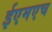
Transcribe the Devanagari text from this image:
ईएमएच